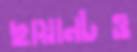
ছায়ানটও